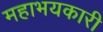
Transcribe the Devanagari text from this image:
महाभयकारी